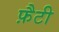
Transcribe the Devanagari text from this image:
फ़ैटी